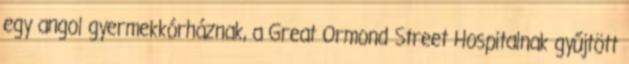
egy angol gyermekkórháznak, a Great Ormond Street Hospitalnak gyűjtött